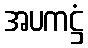
အပကဋ္ဌံ